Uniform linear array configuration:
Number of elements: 32
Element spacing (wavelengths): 0.5
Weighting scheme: hamming
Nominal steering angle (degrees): -30
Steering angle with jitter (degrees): -30.446
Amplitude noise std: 0.05
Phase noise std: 0.05

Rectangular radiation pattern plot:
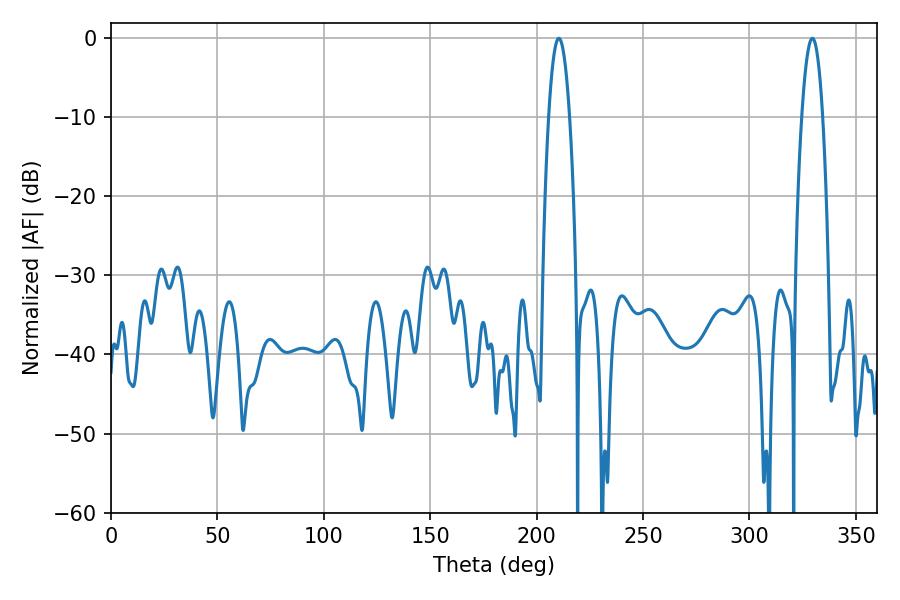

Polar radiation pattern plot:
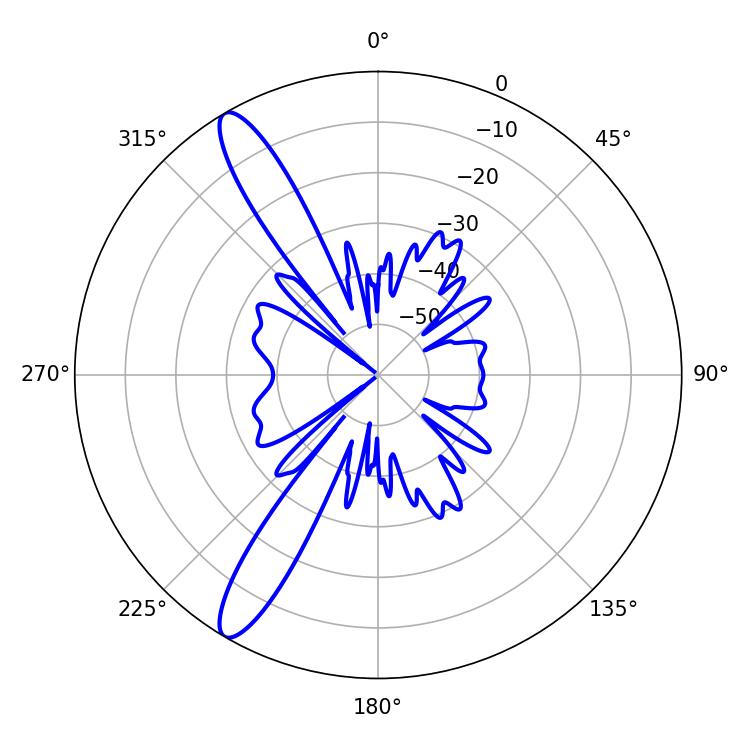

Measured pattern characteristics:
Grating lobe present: FALSE
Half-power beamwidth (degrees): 5.4
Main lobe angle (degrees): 210.42